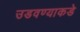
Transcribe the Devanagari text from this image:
उडवण्याकडे